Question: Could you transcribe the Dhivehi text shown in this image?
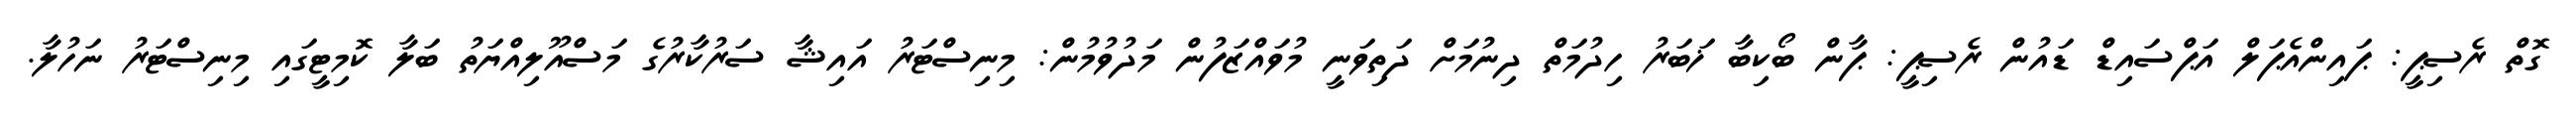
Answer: ގޮތް ރެސިޕީ: ޕައިންއެޕަލް އަޕްސައިޑް ޑައުން ރެސިޕީ: ޕާން ބޯކިބާ ޚަބަރު ހިދުމަތް ދިނުމަށް ދަތިވަނީ މުވައްޒަފުން މަދުވުމުން: މިނިސްޓަރު އައިޝާ ސަރުކާރުގެ މަސްއޫލިއްޔަތު ބަލާ ކޮމިޓީގައި މިނިސްޓަރު ނަހުލާ.